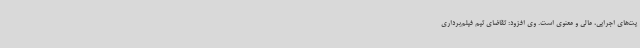
یت‌های اجرایی، مالی و معنوی است. وی افزود: تقاضای تیم فیلم‌برداری